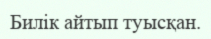
Билік айтып туысқан.